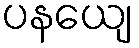
ပနယျေ